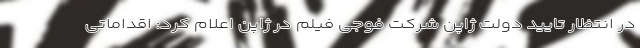
در انتظار تایید دولت ژاپن شرکت فوجی فیلم در ژاپن اعلام کرد: اقداماتی